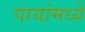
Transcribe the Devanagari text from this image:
पायांमध्ये